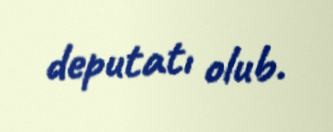
deputatı olub.